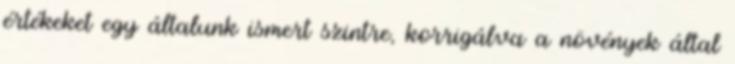
értékeket egy általunk ismert szintre, korrigálva a növények által